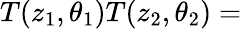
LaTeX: T(z_{1},\theta_{1})T(z_{2},\theta_{2})=